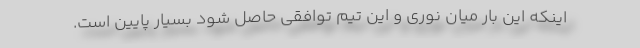
اینکه این بار میان نوری و این تیم توافقی حاصل شود بسیار پایین است.